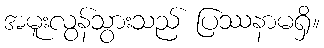
အမူးလွန်သွားသည် ပြဿနာမရှိ။